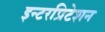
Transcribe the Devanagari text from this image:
इन्टरप्रिटेशन